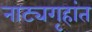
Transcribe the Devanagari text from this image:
नाट्यगृहांत